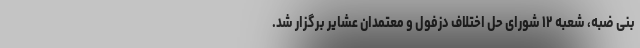
بنی ضبه، شعبه ۱۲ شورای حل اختلاف دزفول و معتمدان عشایر برگزار شد.